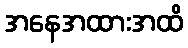
အနေအထားအထိ